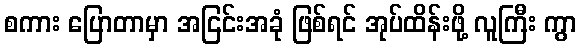
စကား ပြောတာမှာ အငြင်းအခုံ ဖြစ်ရင် အုပ်ထိန်းဖို့ လူကြီး ကွာ